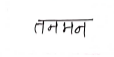
मजकूर: तनमन